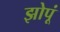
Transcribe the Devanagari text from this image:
झोपूं